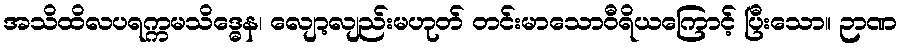
အသိထိလပရက္ကမသိဒ္ဓေန၊ လျော့လျည်းမဟုတ် တင်းမာသောဝီရိယကြောင့် ပြီးသော။ ဉာဏ